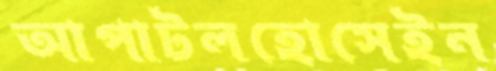
আপাটলহোসেইন